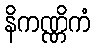
နိကဏ္ဏိကံ